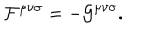
LaTeX: { \cal F } ^ { { \mu } { \nu } { \sigma } } = - { \cal G } ^ { { \mu } { \nu } { \sigma } } .